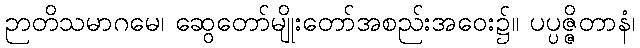
ဉာတိသမာဂမေ၊ ဆွေတော်မျိုးတော်အစည်းအဝေး၌။ ပပ္ပဇ္ဇိတာနံ၊